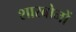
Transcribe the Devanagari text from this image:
शारबोनों